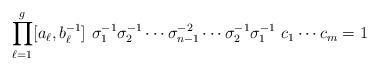
\begin{align*} \prod_{\ell=1}^g [a_\ell, b_\ell^{-1}]\,\, \sigma_1^{-1} \sigma_2^{-1} \cdots \sigma_{n-1}^{-2} \cdots \sigma_2^{-1} \sigma_1^{-1} \,\, c_1 \cdots c_m =1 \end{align*}